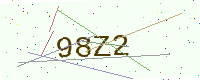
Text: 98Z2